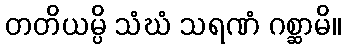
တတိယမ္ပိ သံဃံ သရဏံ ဂစ္ဆာမိ။